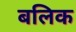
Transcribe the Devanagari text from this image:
बलिक